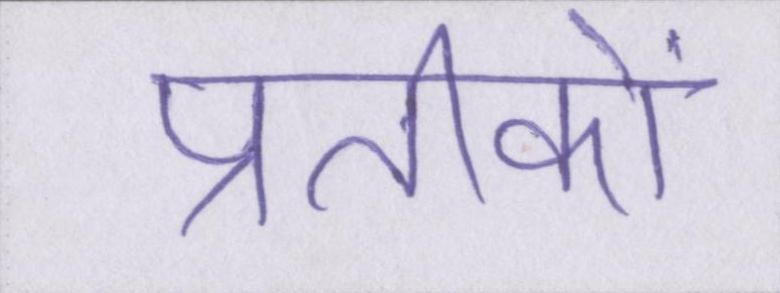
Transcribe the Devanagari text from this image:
प्रतीकों